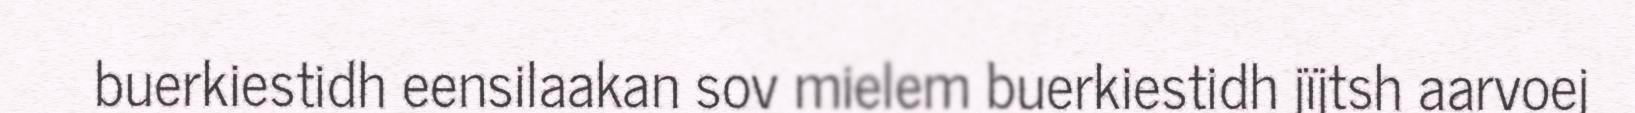
buerkiestidh eensilaakan sov mielem buerkiestidh jïjtsh aarvoej